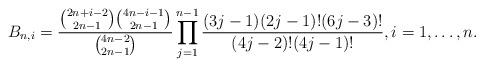
LaTeX: \begin{align*}B_{n,i}= \frac{\binom{2n+i-2}{2n-1} \binom{4n-i-1}{2n-1}}{\binom{4n-2}{2n-1}} \prod_{j=1}^{n-1} \frac{(3j-1)(2j-1)!(6j-3)!}{(4j-2)!(4j-1)!}, i=1,\ldots,n.\end{align*}